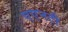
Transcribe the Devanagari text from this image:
एएनटी